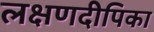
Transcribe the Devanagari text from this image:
लक्षणदीपिका